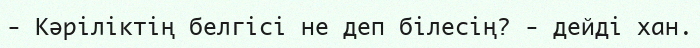
-	Кәріліктің белгісі не деп білесің? - дейді хан.